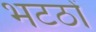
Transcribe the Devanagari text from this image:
भटठों